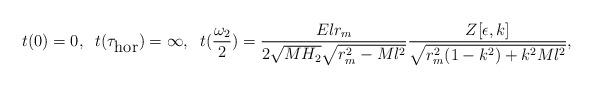
LaTeX: \begin{align*}t(0)=0,\;\;t(\tau_{\mbox{hor}})=\infty,\;\;t(\frac{\omega_2}{2})=\frac{Elr_m}{2\sqrt{MH_2}\sqrt{r^2_m-Ml^2}}\frac{Z[\epsilon,k]}{\sqrt{r^2_m(1-k^2)+k^2Ml^2}},\end{align*}